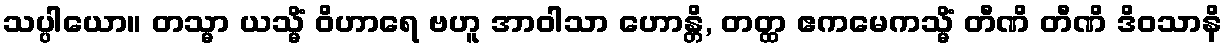
သပ္ပါယော။ တသ္မာ ယသ္မိံ ဝိဟာရေ ဗဟူ အာဝါသာ ဟောန္တိ, တတ္ထ ဧကမေကသ္မိံ တီဏိ တီဏိ ဒိဝသာနိ